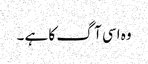
وہ اسی آگ کا ہے ۔